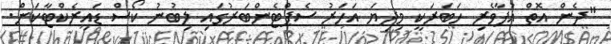
"ދެން އޮތް އުފާވެރި ހަބަރަކީ މިދިޔަ އަހަރު ސެޕްޓެންބަރުގައި ލިބުނު ކޯސް ޑަައިރެކްޓާކަން.